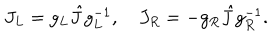
J _ { L } = g _ { L } \hat { J } g _ { L } ^ { - 1 } , \quad J _ { R } = - g _ { R } \hat { J } g _ { R } ^ { - 1 } .